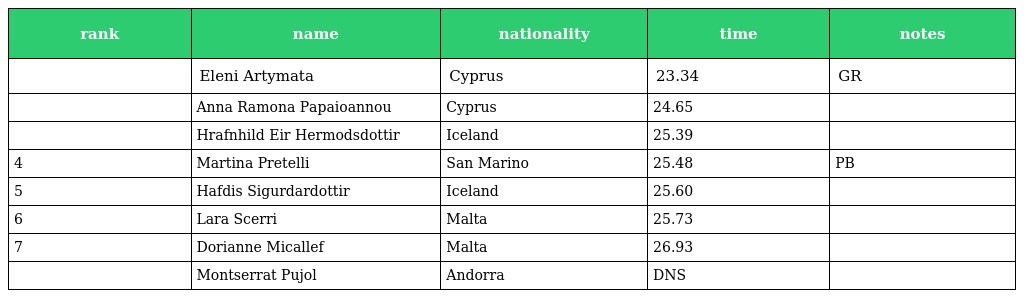
| rank | name | nationality | time | notes |
 | --- | --- | --- | --- | --- |
 |  | Eleni Artymata | Cyprus | 23.34 | GR |
 |  | Anna Ramona Papaioannou | Cyprus | 24.65 |  |
 |  | Hrafnhild Eir Hermodsdottir | Iceland | 25.39 |  |
 | 4 | Martina Pretelli | San Marino | 25.48 | PB |
 | 5 | Hafdis Sigurdardottir | Iceland | 25.60 |  |
 | 6 | Lara Scerri | Malta | 25.73 |  |
 | 7 | Dorianne Micallef | Malta | 26.93 |  |
 |  | Montserrat Pujol | Andorra | DNS |  |